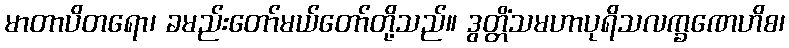
မာတာပိတရော၊ ခမည်းတော်မယ်တော်တို့သည်။ ဒွတ္တိံသမဟာပုရိသလက္ခဏေဟိစ၊